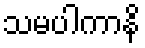
သမပါကာနိ